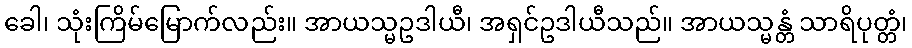
ခေါ၊ သုံးကြိမ်မြောက်လည်း။ အာယသ္မဥဒါယီ၊ အရှင်ဥဒါယီသည်။ အာယသ္မန္တံ သာရိပုတ္တံ၊